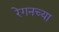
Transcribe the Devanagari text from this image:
रेगनच्या